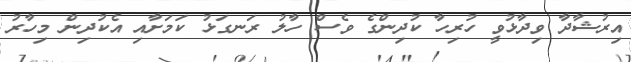
އިރުޝާދާ ވިދާޅުވީ ހުރިހާ ކުދިންގެ ވެސް ހާލު ރަނގަޅު ކަމަށާއި އެކުދިން މިހާރު